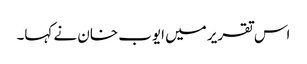
اس تقریر میں ایوب خان نے کہا۔